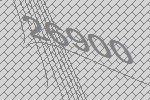
26900